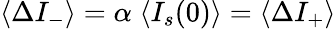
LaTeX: \langle\Delta I_{-}\rangle=\alpha\; \langle I_{s}(0)\rangle=\langle\Delta I_{+}\rangle